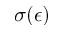
\sigma ( \epsilon )